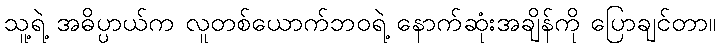
သူ့ရဲ့ အဓိပ္ပာယ်က လူတစ်ယောက်ဘဝရဲ့ နောက်ဆုံးအချိန်ကို ပြောချင်တာ။